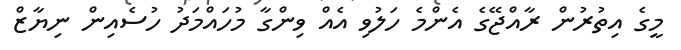
މީގެ އިތުރުން ރާއްޖޭގެ އެންމެ ހަލުވި އެއް ވިންގާ މުހައްމަދު ހުސެއިން ނިޔާޒް